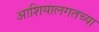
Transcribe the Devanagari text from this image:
आशियालगतच्या